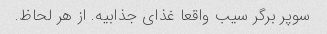
سوپر برگر سیب واقعا غذای جذابیه. از هر لحاظ.